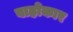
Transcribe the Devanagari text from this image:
वाहोकार